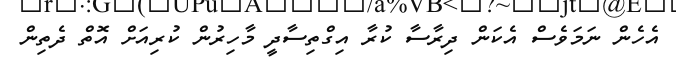
އެހެން ނަމަވެސް އެކަން ދިރާސާ ކުރާ އިގްތިސާދީ މާހިރުން ކުރިއަށް އޮތް ދެތިން